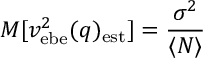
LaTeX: M [ v _ { \mathrm { e b e } } ^ { 2 } ( q ) _ { \mathrm { e s t } } ] = { \frac { \sigma ^ { 2 } } { \langle N \rangle } }